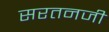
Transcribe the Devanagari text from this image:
सरतनजी